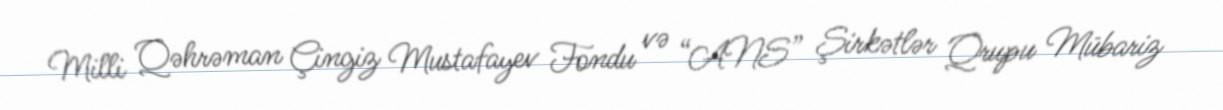
Milli Qəhrəman Çingiz Mustafayev Fondu və “ANS” Şirkətlər Qrupu Mübariz